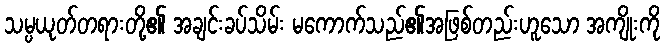
သမ္ပယုတ်တရားတို့၏ အချင်းခပ်သိမ်း မကောက်သည်၏အဖြစ်တည်းဟူသော အကျိုးကို